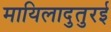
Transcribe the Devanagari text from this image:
मायिलादुतुरई